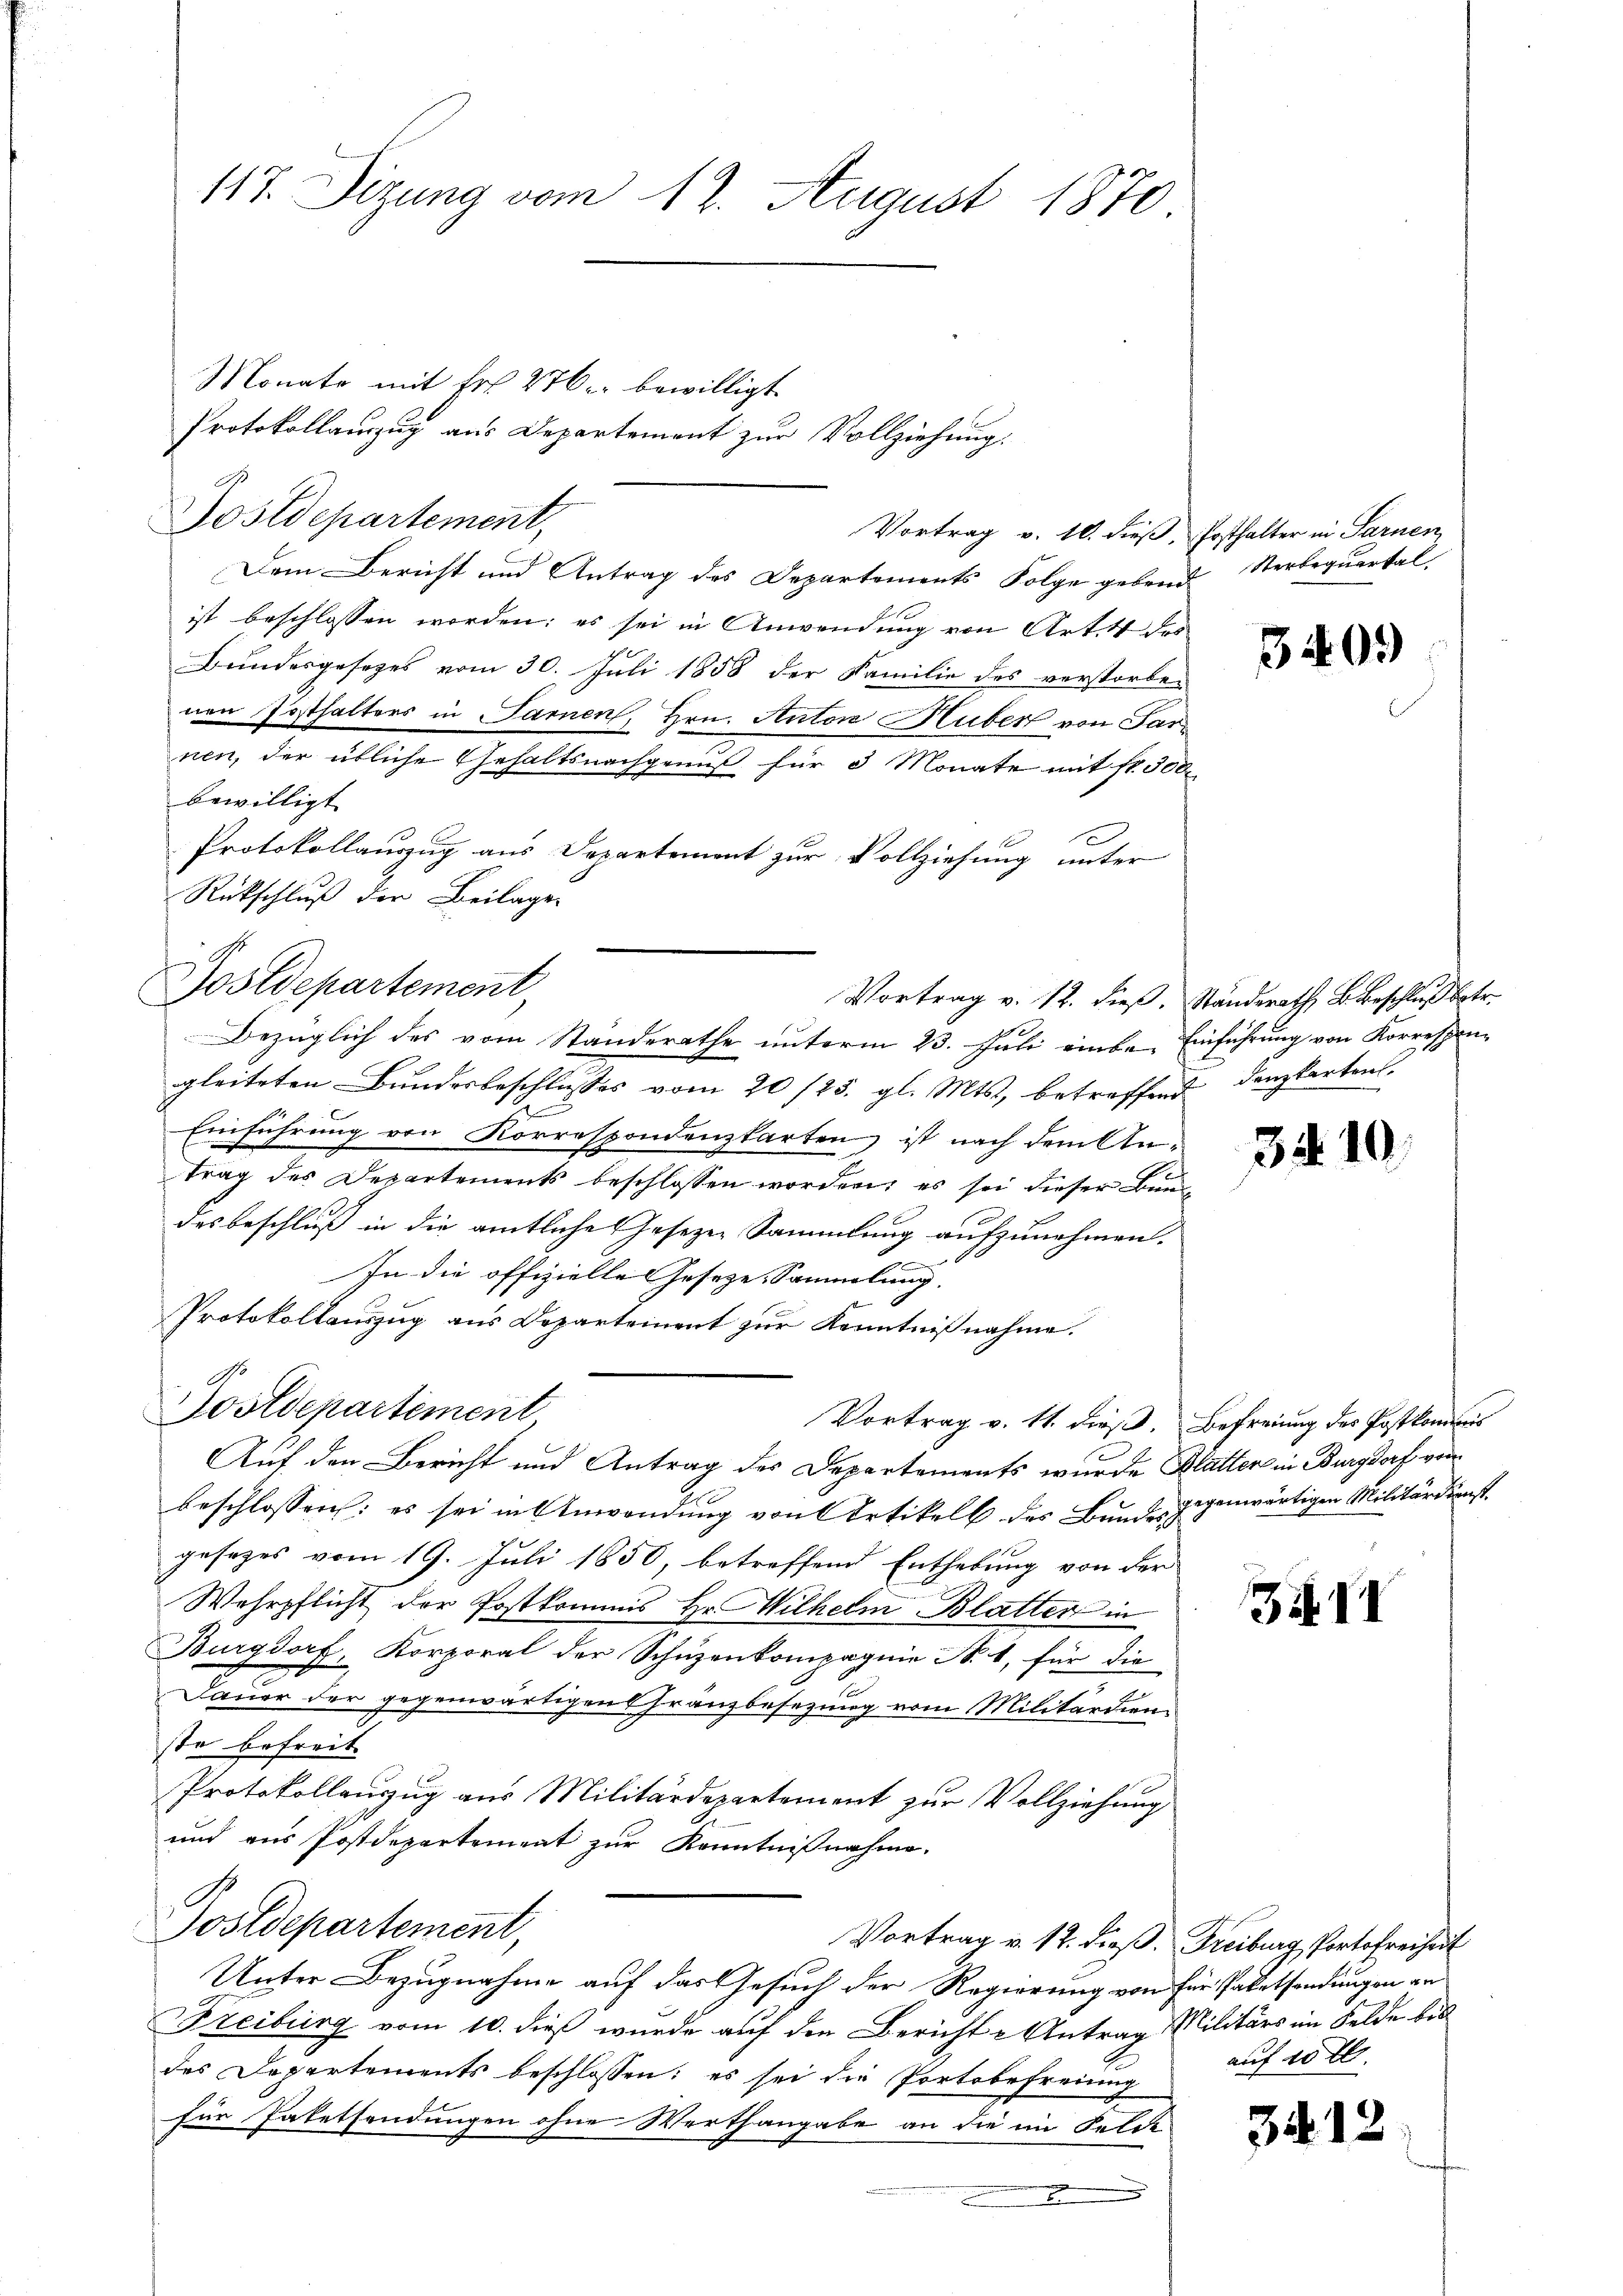
117. Dizung vom 12. August 1870

Monate mit Fr. 276. bewilligt.
Postdepartement,
Vortrag v. 10. dieß, Posthalter in Sarnen
Dem Bericht und Antrag des Departements Folge gebend Sterbequartal
ist beschlossen worden; es sei in Anwendung von Art. 4 des
Bundesgesetzes vom 30. Juli 1858 der Familie des verstorbenen Posthalters in Sarnen, Hrn. Autor Huber von Parnen, der übliche Gehaltsnachgenuß für 3 Monate mit fr. 500
bewilligt. |
Protokollauszug aus Departement zur Vollziehung unter
Rückschluß der Beilage
Bezüglich des vom Standerathe unterm 23. Juli eine Einführung von Korrespon-
gleiteten Bundesbeschlusses vom 20 /25. gl. Mts., betreffend denzkarten.
Einführung von Korrespondenzkarten, ist nach dem Antrag des Departements beschlossen worden; es sei dieser Bunde
des beschluß in die amtliche Gesezen Sammlung aufzunehmen.
In die offizielle Geseze, Sammlung.
Protokollauszug aus Departement zur Kenntnißnahme.
Sooldepartement
Vortrag v. 11. dieß. Befreiung des Postkommnis
Auf den Bericht und Antrag des Departements wurde Klatter in Burgdorf vom
beschlossen: es sei in Anwendung von Artikel des Bundesgegenwärtigen Militärdienst
gesezes vom 19. Juli 1850, betreffend Enthebung von der
Wehrpflicht der Postkommis Hr. Wilhelm Blatter in
Burgdorf, Korporat der Schüzenkompagnie N. 1, für die
Dauer der gegenwärtigen Kränzbesezung vom Militärdienste befreite
Protokollanzug aus Militärdepartement zur Vollziehung
und aus Postdepartement zur Kenntnißnahme.
Postdepartement,
Vortrag v. 12. dieß. Freiburg, Portofreiheit
Unter Bezugnahme auf das Gesuch der Regierung von für Salatsendungen an
Freiburg vom 10. dieß wurde auf den Bericht - Antrag Militärs im Felde bis
des Departements beschlossen: es sei die Portobefreiung
für Paketsendungen ohne Werthangabe an die im Felde

Postdepartement,

Protokollauszug aus Departement zur Vollziehung.

Vortrag v. 12. dieß. Ständerath Beschluß betr.

3409)

3410.

Zif. 41

auf 10 fl.

341.